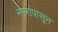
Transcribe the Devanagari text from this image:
नगरांपासून